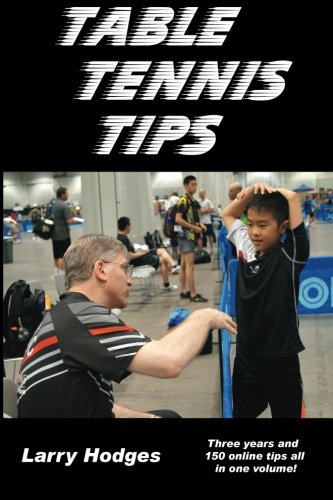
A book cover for Table Tennis Tips: 2011-2013; Larry Hodges; Sports & Outdoors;